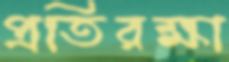
প্রতিরক্ষা